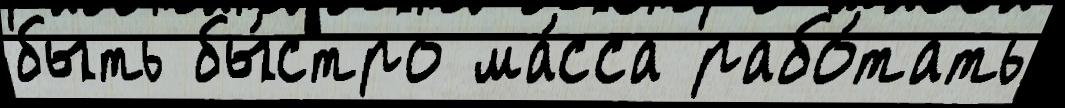
быть бы́стро ма́сса рабо́тать